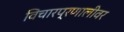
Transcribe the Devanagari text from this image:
विचारप्रणालीवर